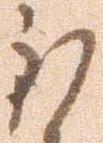
到